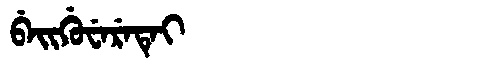
Manchu: ᠪᡝᡳᡤᡠᠸᡝᡵᡝᡨᡝᡳ
Romanization: BEIGUWERETEI